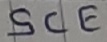
Text: SCE